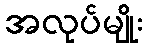
အလုပ်မျိုး